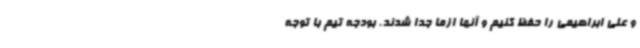
و علی ابراهیمی را حفظ کنیم و آنها ازما جدا شدند. بودجه تیم با توجه